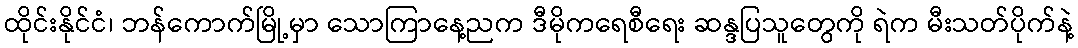
ထိုင်းနိုင်ငံ၊ ဘန်ကောက်မြို့မှာ သောကြာနေ့ညက ဒီမိုကရေစီရေး ဆန္ဒပြသူတွေကို ရဲက မီးသတ်ပိုက်နဲ့